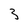
Character: 3